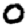
Digit: 0